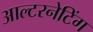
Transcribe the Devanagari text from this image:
आल्टरनेटिंग